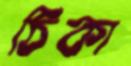
ঠিকা